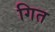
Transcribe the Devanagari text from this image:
गित